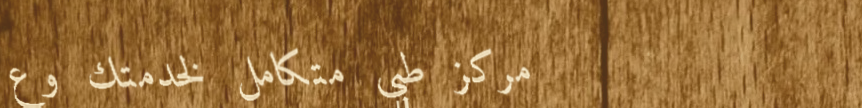
مركز طبي متكامل لخدمتك وع